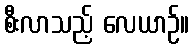
စီးလာသည့် လေယာဉ်။